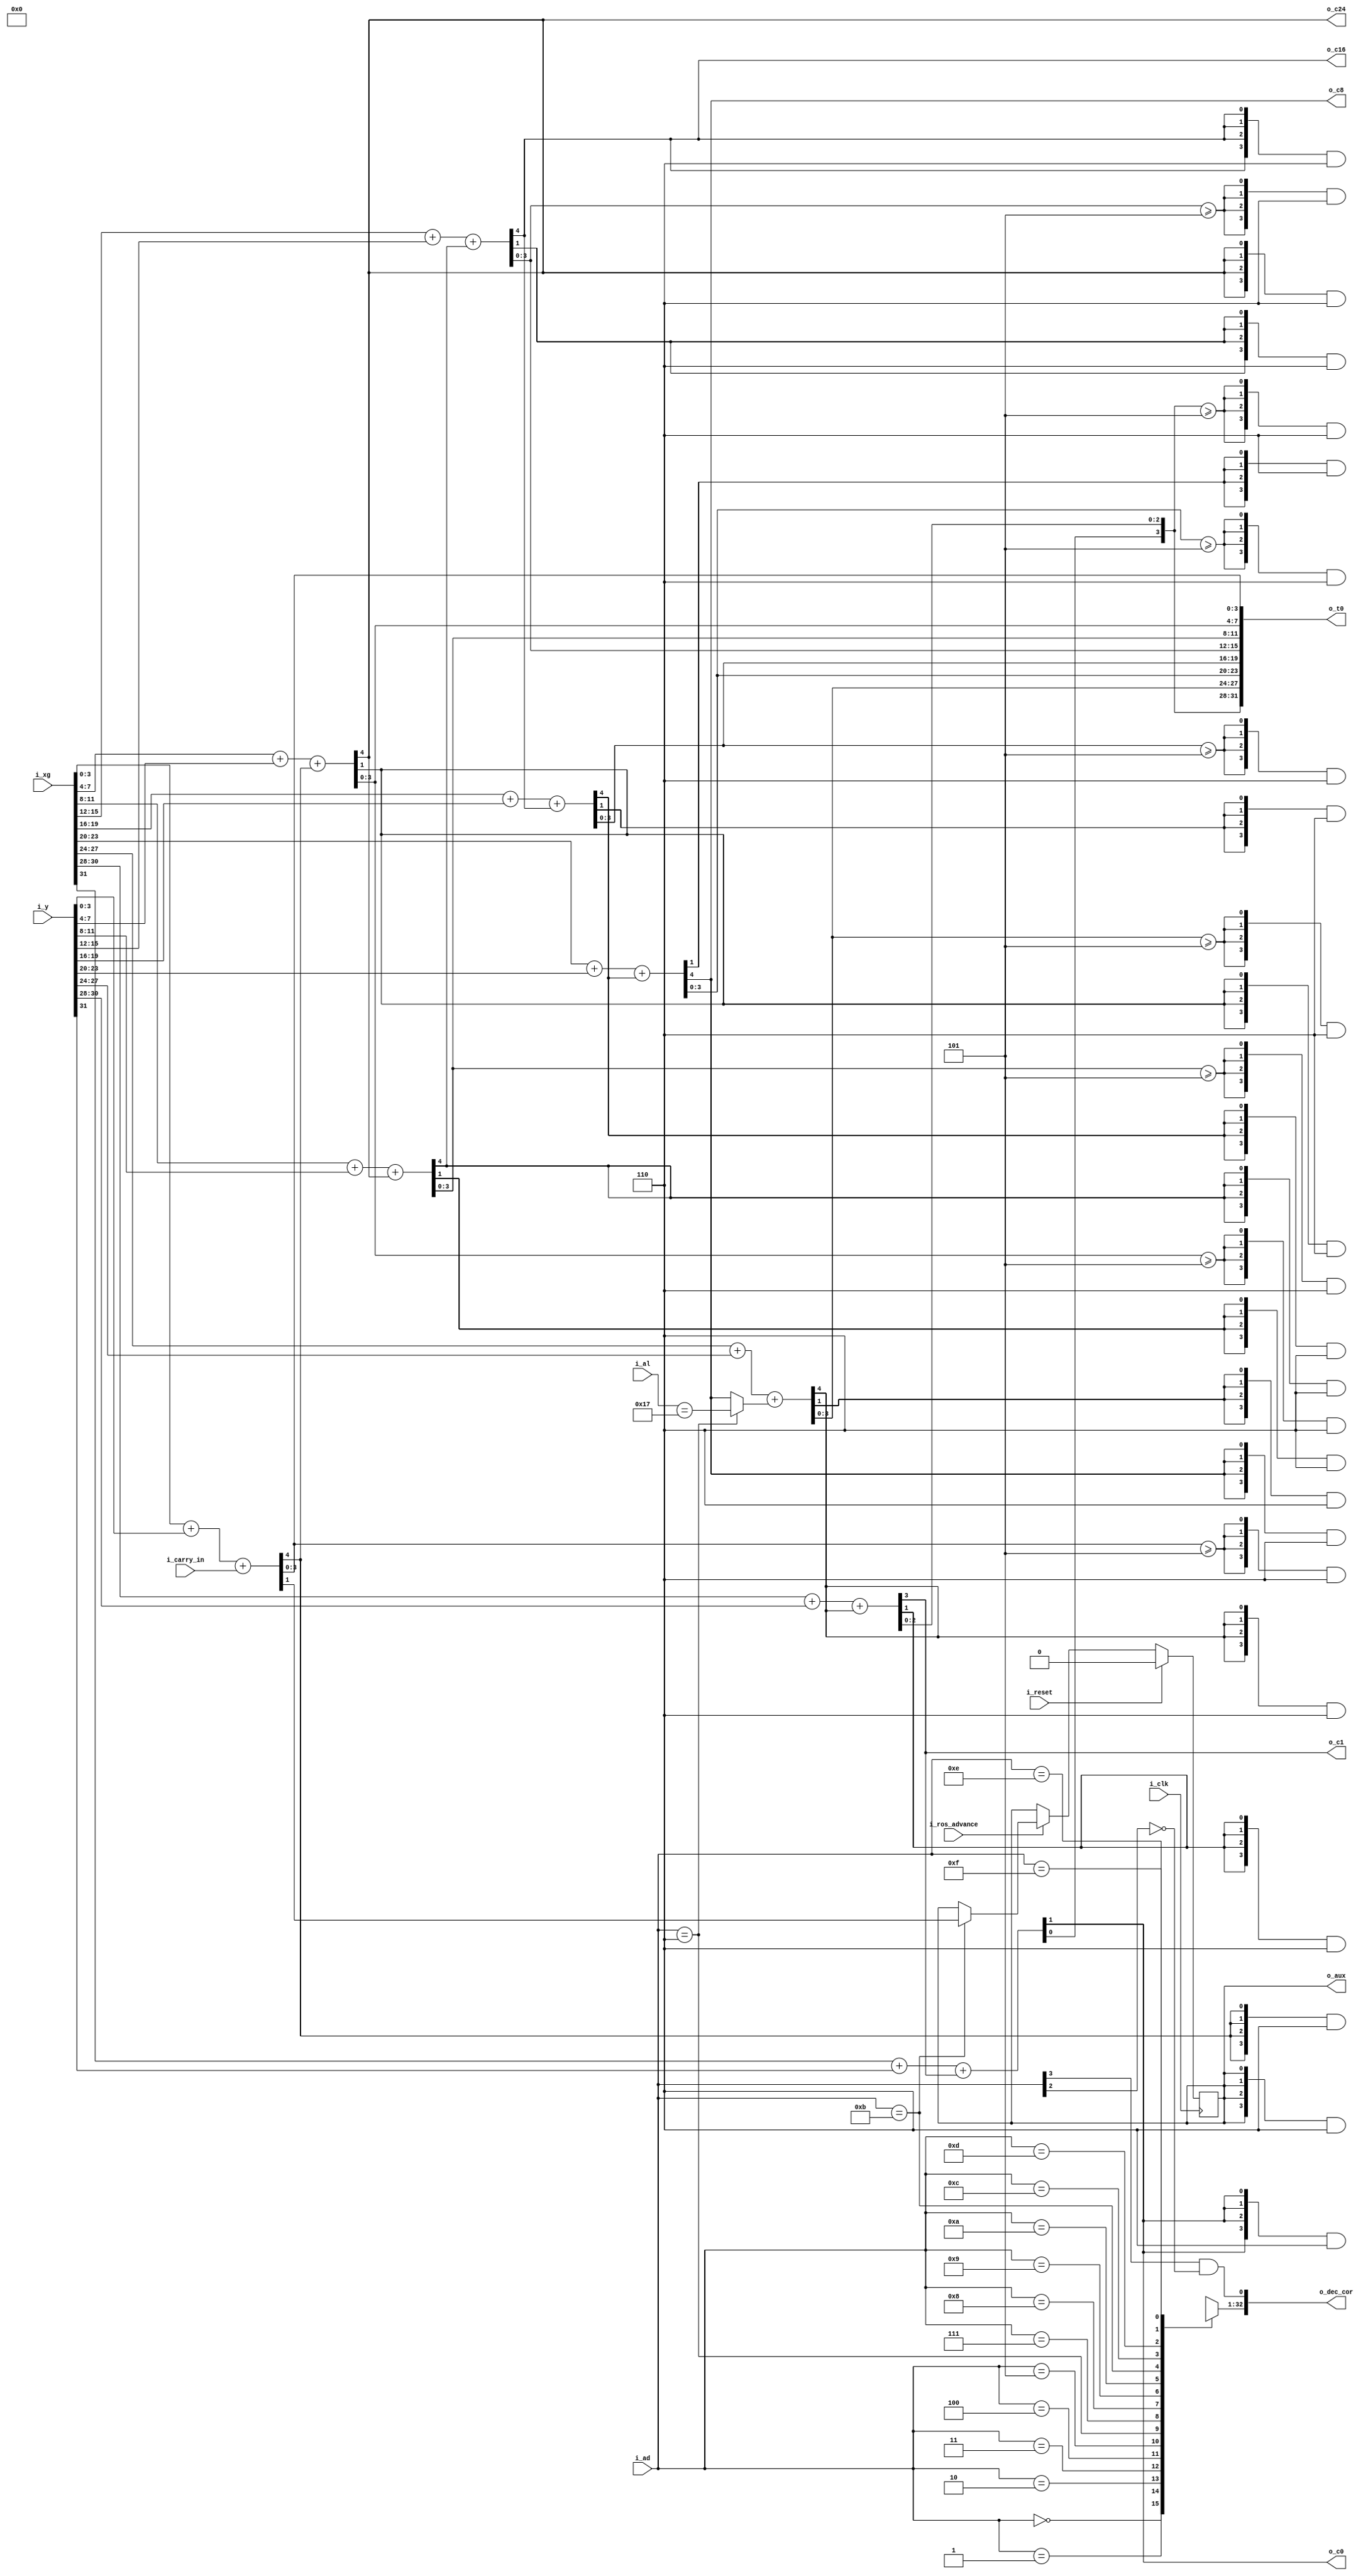
`default_nettype   none

// 2050 adder

module x2050add (i_clk, i_reset,
i_ros_advance,
i_ad,
i_al,
i_carry_in,
i_xg,
i_y,
o_t0,
o_dec_cor,
o_c0,
o_c1,
o_c8,
o_c16,
o_c24,
// o_carry,
o_aux);

input wire i_clk;
input wire i_reset;
input wire i_ros_advance;
input wire [3:0] i_ad;
input wire [4:0] i_al;
input wire i_carry_in;
input wire [31:0] i_xg;
input wire [31:0] i_y;
output wire [31:0] o_t0;
output wire [32:0] o_dec_cor;
output wire o_aux;
output wire o_c0;
output wire o_c1;
output wire o_c8;
output wire o_c16;
output wire o_c24;
// output wire o_carry;

wire ad6 = i_ad == 4'd6;
wire ad11 = i_ad == 4'd11;
wire al23 = i_al == 5'd23;
wire c7_in;
wire c1;
wire c4,c12,c20,c28;

reg aux;

// verilator lint_off WIDTH
assign {c28,o_t0[3:0]} = {1'b0,i_xg[3:0]} + i_y[3:0] + i_carry_in;
assign {o_c24,o_t0[7:4]} = {1'b0,i_xg[7:4]} + i_y[7:4] + c28;
assign {c20,o_t0[11:8]} = {1'b0,i_xg[11:8]} + i_y[11:8] + o_c24;
assign {o_c16,o_t0[15:12]} = {1'b0,i_xg[15:12]} + i_y[15:12] + c20;
assign {c12,o_t0[19:16]} = {1'b0,i_xg[19:16]} + i_y[19:16] + o_c16;
assign {o_c8,o_t0[23:20]} = {1'b0,i_xg[23:20]} + i_y[23:20] + c12;
assign c7_in = ad6 ? al23 : o_c8;
assign {c4,o_t0[27:24]} = {1'b0,i_xg[27:24]} + i_y[27:24] + c7_in;
assign {o_c1,o_t0[30:28]} = {1'b0,i_xg[30:28]} + i_y[30:28] + c4;
assign {o_c0,o_t0[31]} = {1'b0,i_xg[31]} + i_y[31] + o_c1;
// verilator lint_on WIDTH

// wire new_carry[0:15];
// assign new_carry[1] = i_carry_in;
// assign new_carry[2] = i_carry_in;
// assign new_carry[3] = i_carry_in;
// assign new_carry[8] = i_carry_in;
// assign new_carry[9] = i_carry_in;
// assign new_carry[10] = i_carry_in;
// assign new_carry[11] = i_carry_in;
// assign new_carry[12] = i_carry_in;
//
// assign new_carry[4] = o_c0;
// assign new_carry[5] = o_c0 ^ o_c1;
// assign new_carry[6] = o_c1;
// assign new_carry[7] = o_c8;
//
// assign o_carry = new_carry[i_ad];

wire [31:0] ad8_value = {
	{4{aux}} & 4'd6,
	{4{o_t0[31-2]}} & 4'd6,
	{4{o_t0[31-6]}} & 4'd6,
	{4{o_t0[31-10]}} & 4'd6,
	{4{o_t0[31-14]}} & 4'd6,
	{4{o_t0[31-18]}} & 4'd6,
	{4{o_t0[31-22]}} & 4'd6,
	{4{o_t0[31-26]}} & 4'd6
};
wire [31:0] ad9_value = {
	{4{o_c0}} & 4'd6, {4{c4}} & 4'd6,
	{4{o_c8}} & 4'd6, {4{c12}} & 4'd6,
	{4{o_c16}} & 4'd6, {4{c20}} & 4'd6,
	{4{o_c24}} & 4'd6, {4{c28}} & 4'd6
};
wire [31:0] ad10_value = {
	{4{o_t0[31-0:31-3]>=4'd5}} & 4'd6,
	{4{o_t0[31-4:31-7]>=4'd5}} & 4'd6,
	{4{o_t0[31-8:31-11]>=4'd5}} & 4'd6,
	{4{o_t0[31-12:31-15]>=4'd5}} & 4'd6,
	{4{o_t0[31-16:31-19]>=4'd5}} & 4'd6,
	{4{o_t0[31-20:31-23]>=4'd5}} & 4'd6,
	{4{o_t0[31-24:31-27]>=4'd5}} & 4'd6,
	{4{o_t0[31-28:31-31]>=4'd5}} & 4'd6
};
wire [31:0] ad11_value = {
	4'b0,
	{4{o_t0[31-2]}} & 4'd6,
	{4{o_t0[31-6]}} & 4'd6,
	{4{o_t0[31-10]}} & 4'd6,
	{4{o_t0[31-14]}} & 4'd6,
	{4{o_t0[31-18]}} & 4'd6,
	{4{o_t0[31-22]}} & 4'd6,
	{4{o_t0[31-26]}} & 4'd6
};
wire [31:0] dec_fixes[0:15];
assign dec_fixes[8] = ad8_value;
assign dec_fixes[9] = ad9_value;
assign dec_fixes[10] = ad10_value;
assign dec_fixes[11] = ad11_value;
wire do_dec_cor = i_ad[3]&~i_ad[2];	// ad8|ad9|ad10|ad11
assign o_dec_cor = {dec_fixes[i_ad], do_dec_cor};

assign o_aux = aux;

always @(posedge i_clk)
	if (i_reset)
		aux <= 1'b0;
	else if (!i_ros_advance)
		;
	else if (ad11)
		aux <= o_t0[31-30];

endmodule